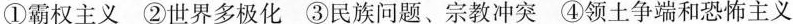
①霸权主义 ②世界多极化 ③民族问题、宗教冲突 ④领土争端和恐怖主义